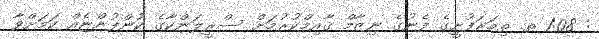
: 1:08 ތ. ތިމަރަފުށީގެ ފެނުގެ ނިޒާމް ޤާއިމްކުރުމަށް ސްރީލަންކާގެ ކުންފުންޏެއް ކަމަށްވާ